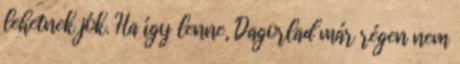
lehetnek jók. Ha így lenne, Dagorlad már régen nem